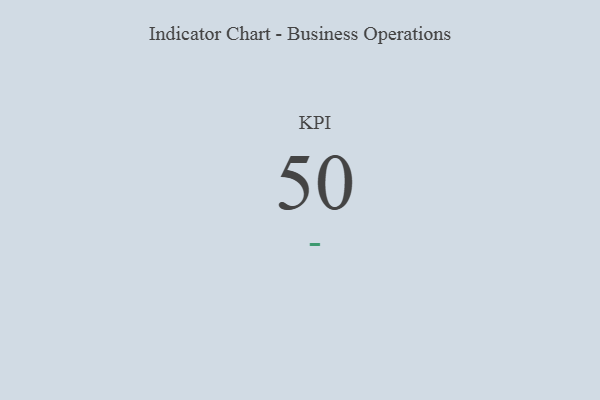
{"axis": {"x": "KPI", "y": "Value"}, "legend": [""], "data": [{"x": "KPI", "y": 50, "type": ""}]}